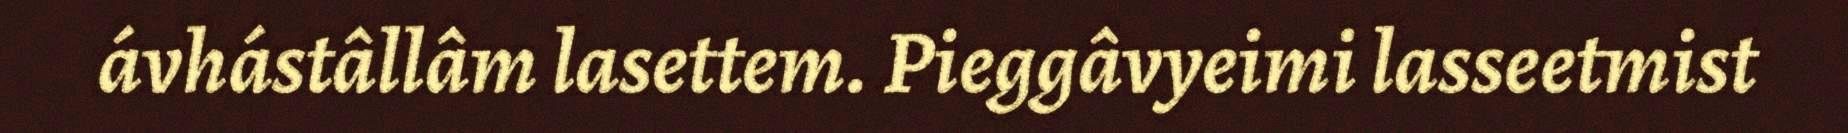
ávhástâllâm lasettem. Pieggâvyeimi lasseetmist